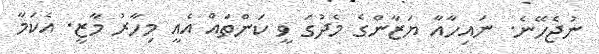
ނުޖެހޭނެ. ނައިހާއާ ޔަޒާންގެ މެދުގަ ވީ ކަންތައް އެއީ މިހާރު މާޒީ. އެކަމާ